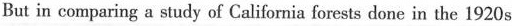
But in comparing a study of California forests done in the 1920s